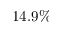
1 4 . 9 \%